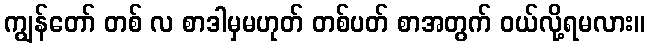
ကျွန်တော် တစ် လ စာဒါမှမဟုတ် တစ်ပတ် စာအတွက် ဝယ်လို့ရမလား။